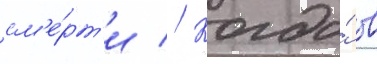
см'е́рт'и // Когда́ в